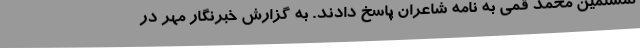
لمسلمین محمد قمی به نامه شاعران پاسخ دادند. به گزارش خبرنگار مهر در